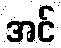
အင်